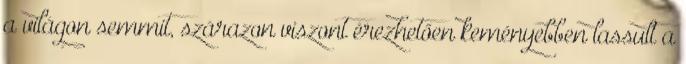
a világon semmit, szárazon viszont érezhetően keményebben lassult a